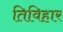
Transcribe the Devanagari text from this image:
तिविहार